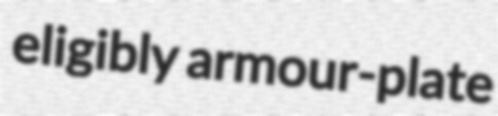
eligibly armour-plate